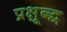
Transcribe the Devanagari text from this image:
प्रक्षूब्द्ध